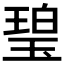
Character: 𤧥